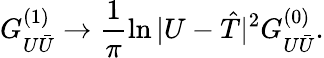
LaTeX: G_{U{\bar{U}}}^{(1)}\rightarrow\frac{1}{\pi}\ln|U-{\hat{T}}|^{2}G_{U{\bar{U}}}^{(0)}.